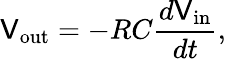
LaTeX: \mathsf{V}_{\mathrm{{out}}}=-RC{\frac{{d\mathsf{V}_{\mathrm{{in}}}}}{{dt}}},